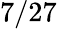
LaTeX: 7/27